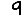
Digit: 9